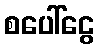
စပေါ်ငွေ